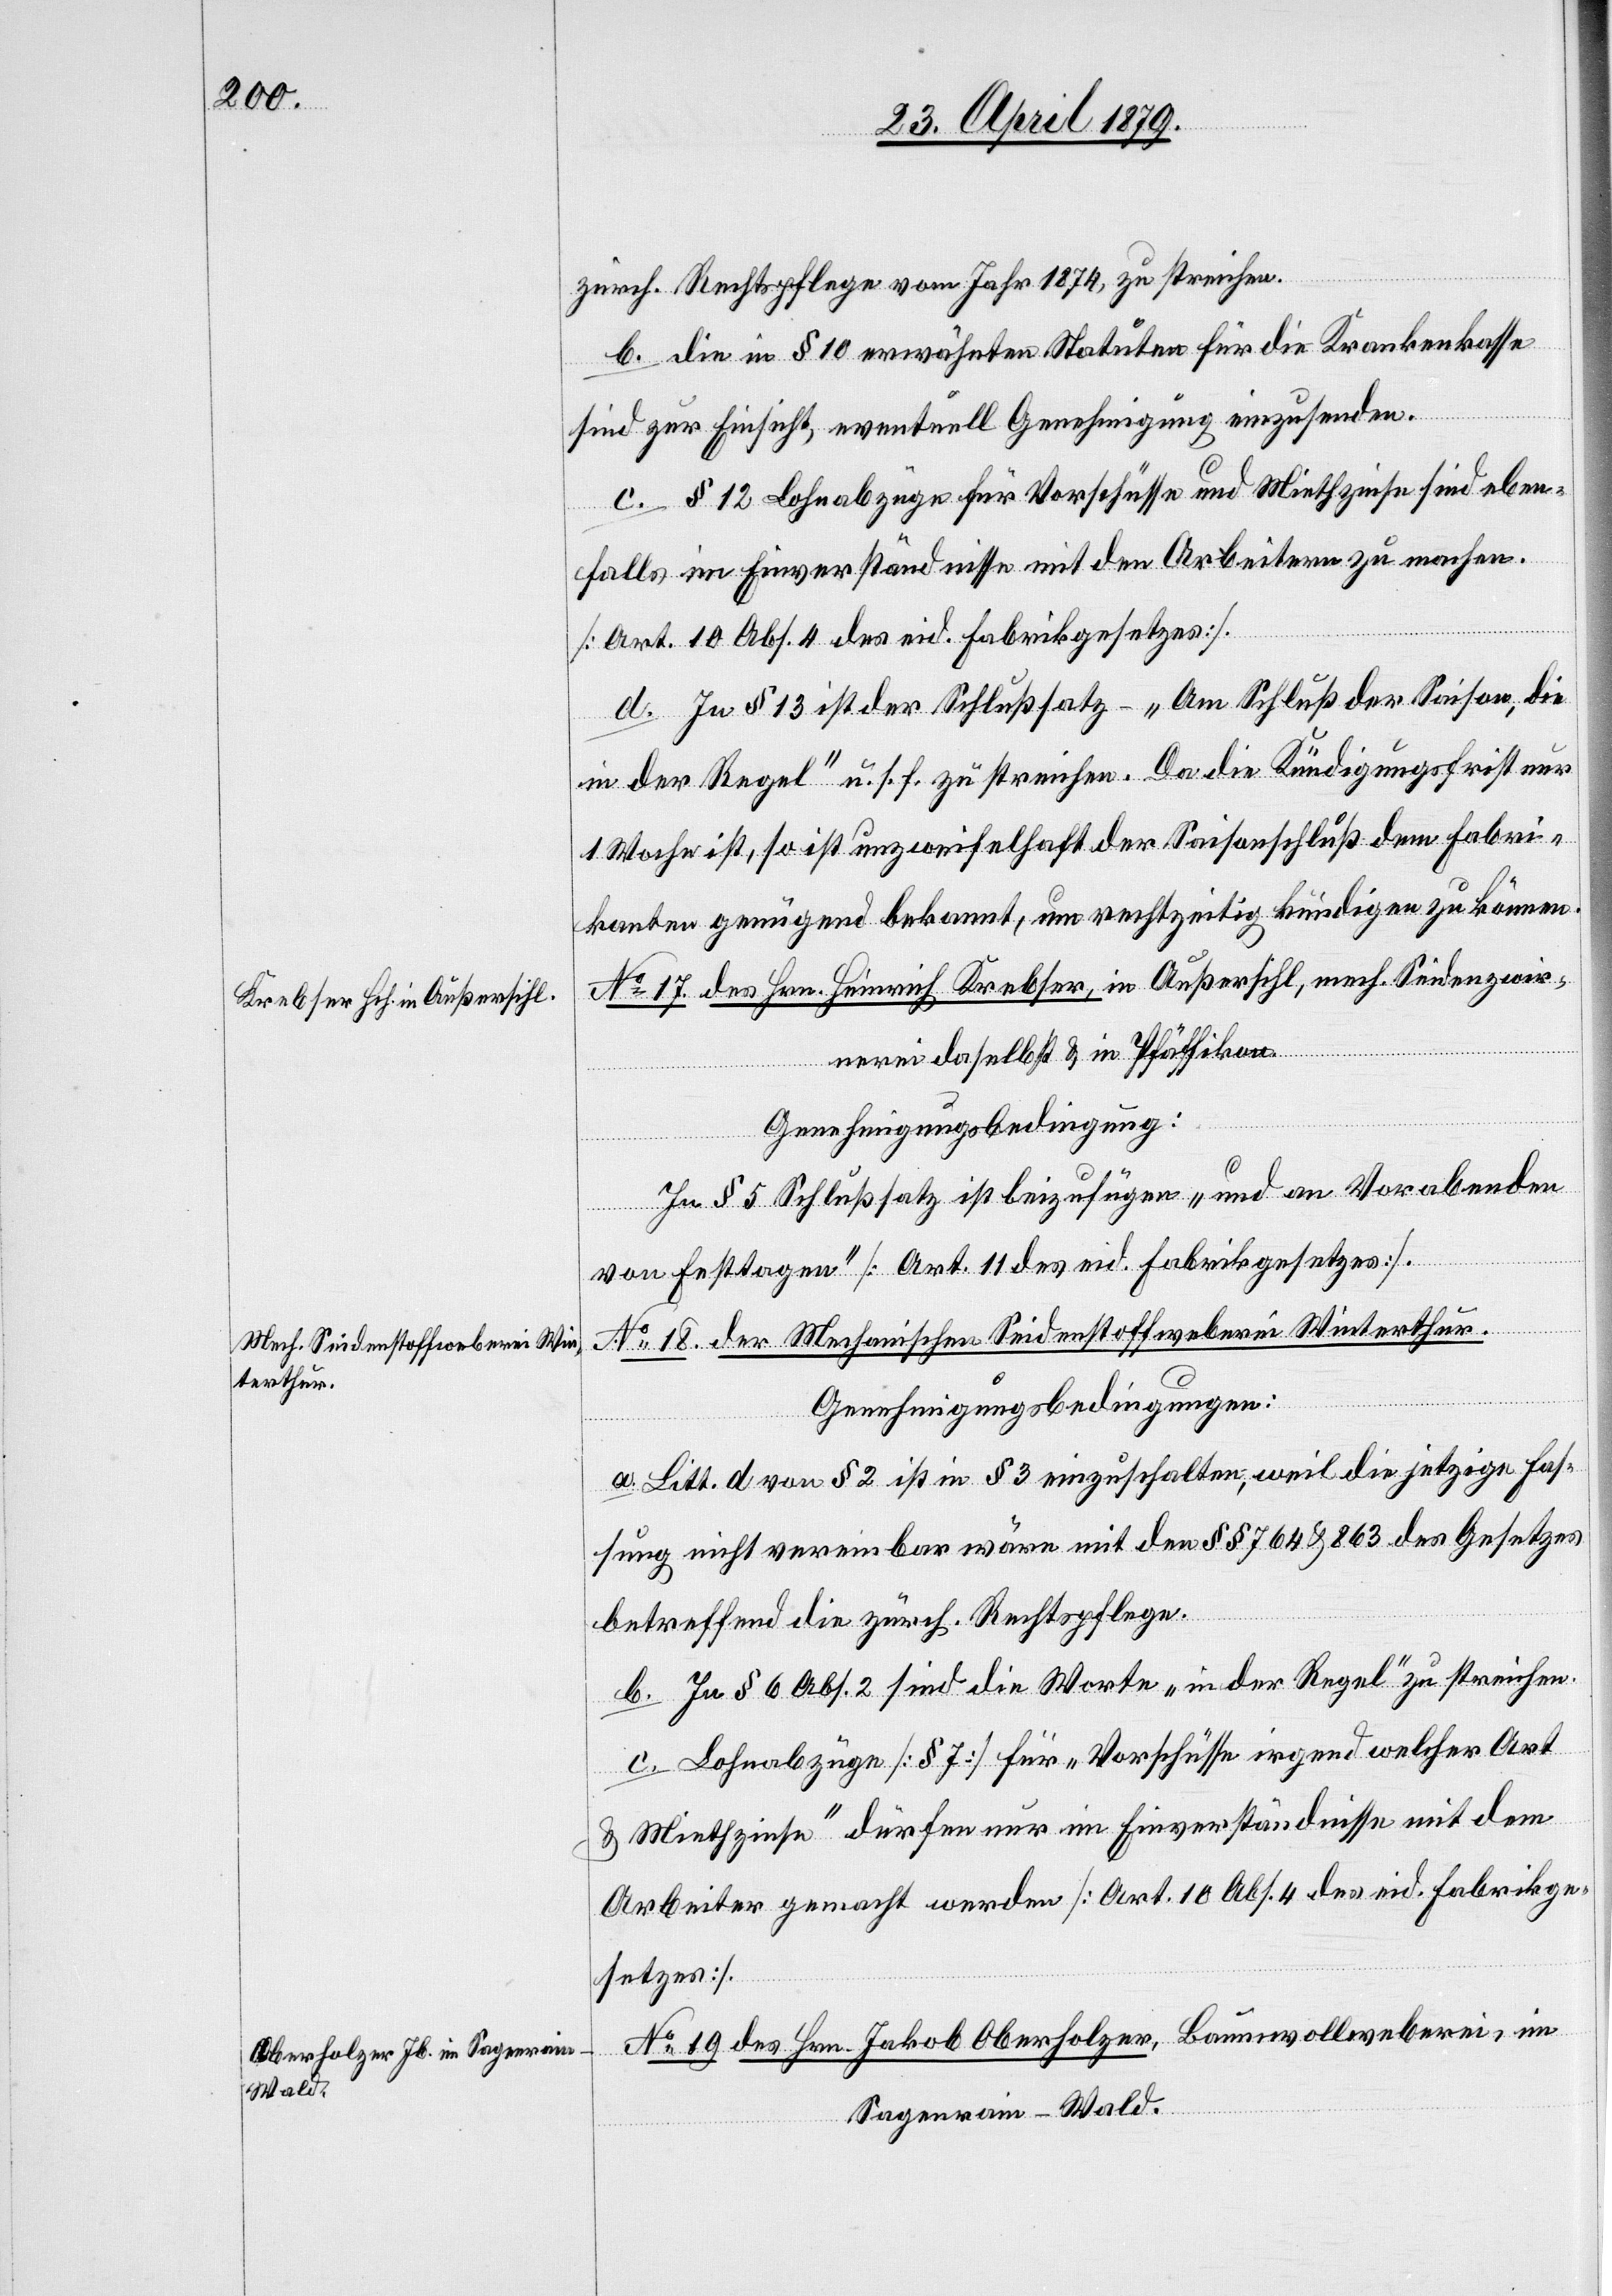
zürch. Rechtspflege vom Jahr 1874, zu streichen.
b. Die in § 10 erwähnten Statuten für die Krankenkasse
sind zur Einsicht, eventuell Genehmigung einzusenden.
c. § 12 Lohnabzüge für Vorschüsse und Miethzinse sind eben¬
falls im Einverständnisse mit den Arbeitern zu machen.
[Art. 10 Abs. 4] des eid. Fabrikgesetzes].
d. In § 13 ist der Schlußsatz – „Am Schluß der Saison, die
in der Regel“ u. s. f. zu streichen. Da die Kündigungsfrist nur
1 Woche ist, so ist unzweifelhaft der Saisonschluß dem Fabri¬
kanten genügend bekannt, um rechtzeitig kündigen zu können.
No 17. des Hrn. Heinrich Krebser, in Außersihl, mech. Seidenzwir¬
nerei daselbst & in Pfäffikon.
Genehmigungsbedingung:
In § 5 Schlußsatz ist beizufügen „und an Vorabenden
von Festtagen“ [Art. 11 des eid. Fabrikgesetzes].
No 18. der Mechanischen Seidenstoffweberei Winterthur.
Genehmigungsbedingungen:
a. Litt. d von § 2 ist in § 3 einzuschalten, weil die jetzige Fas¬
sung nicht vereinbar wäre mit den §§ 764 & 863 des Gesetzes
betreffend die zürch. Rechtspflege.
b. In § 6 Abs. 2 sind die Worte „in der Regel“ zu streichen.
c. Lohnabzüge [§ 7] für „Vorschüsse irgend welcher Art
& Miethzinse“ dürfen nur im Einverständnisse mit dem
Arbeiter gemacht werden [Art. 10 Abs. 4 des eid. Fabrikge¬
setzes].
No 19. des Hrn. Jakob Oberholzer, Baumwollweberei, im
Sagenrain - Wald.